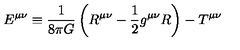
E ^ { \mu \nu } \equiv \frac { 1 } { 8 \pi G } \left( R ^ { \mu \nu } - \frac { 1 } { 2 } g ^ { \mu \nu } R \right) - T ^ { \mu \nu }